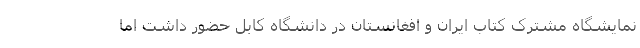
نمایشگاه مشترک کتاب ایران و افغانستان در دانشگاه کابل حضور داشت اما